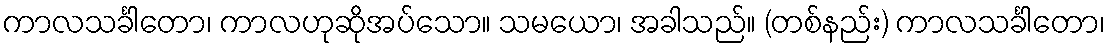
ကာလသင်္ခါတော၊ ကာလဟုဆိုအပ်သော။ သမယော၊ အခါသည်။ (တစ်နည်း) ကာလသင်္ခါတော၊